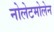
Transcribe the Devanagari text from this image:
नोलेटमोलेन